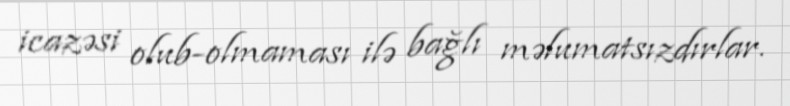
icazəsi olub-olmaması ilə bağlı məlumatsızdırlar.